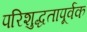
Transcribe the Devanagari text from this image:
परिशुद्धतापूर्वक